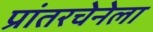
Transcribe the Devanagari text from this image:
प्रांतरचेनेला